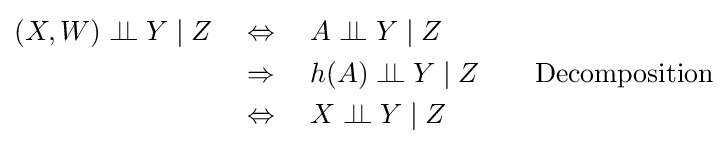
{\begin{aligned}(X,W)\perp \!\!\!\perp Y\mid Z\quad &\Leftrightarrow \quad A\perp \!\!\!\perp Y\mid Z\\&\Rightarrow \quad h(A)\perp \!\!\!\perp Y\mid Z\quad &{\text{Decomposition}}\\&\Leftrightarrow \quad X\perp \!\!\!\perp Y\mid Z\end{aligned}}